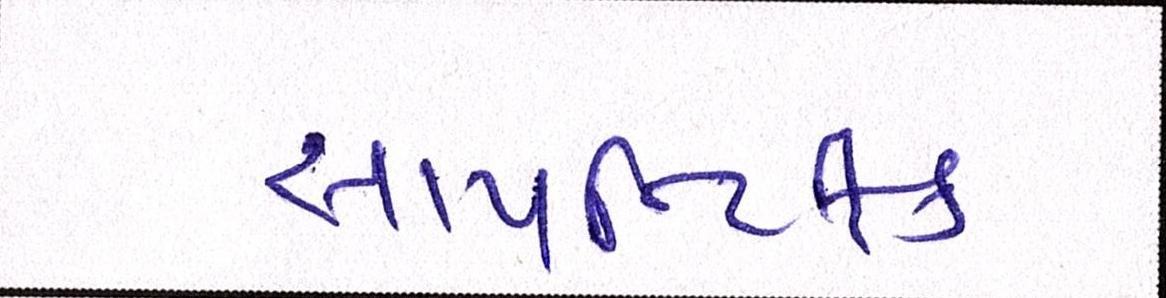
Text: સાયન્ટિફિક